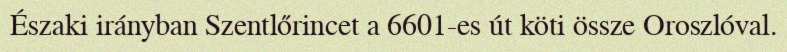
Északi irányban Szentlőrincet a 6601-es út köti össze Oroszlóval.